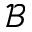
\mathcal { B }